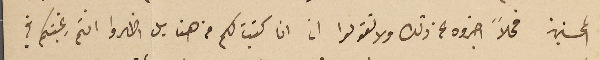
المحسنين فحالاً اخبروه عن ذلك ولا تقولوا ان انا كتبت لكم من هنا بل اظهروا انتم رغبتكم في